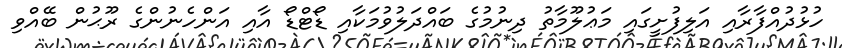
ހުޅުދުއްފާރާއި އަލިފުށީގައި މަޢުލޫމާތު ދިނުމުގެ ބައްދަލުވުމަކާއި ޑޯޓްޑޯ އާއި އަންހެނުންގެ ރޫޙުން ބޭއްވި